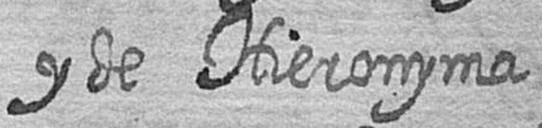
y de Hieronyma